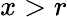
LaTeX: x>r